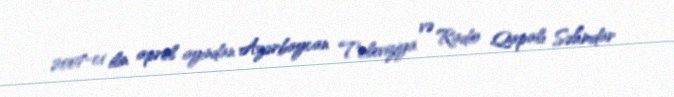
2007-ci ilin aprel ayından Azərbaycan Televiziya və Radio Qapalı Səhmdar